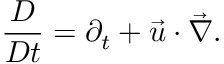
\frac { D } { D t } = \partial _ { t } + \vec { u } \cdot \vec { \nabla } .